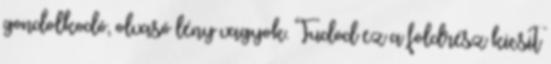
gondolkodó, olvasó lény vagyok. Tudod ez a földrész kicsit